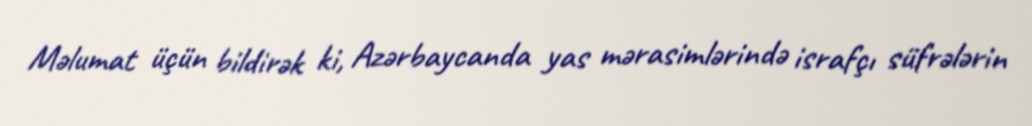
Məlumat üçün bildirək ki, Azərbaycanda yas mərasimlərində israfçı süfrələrin